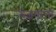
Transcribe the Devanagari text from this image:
यज्ञकर्त्ता